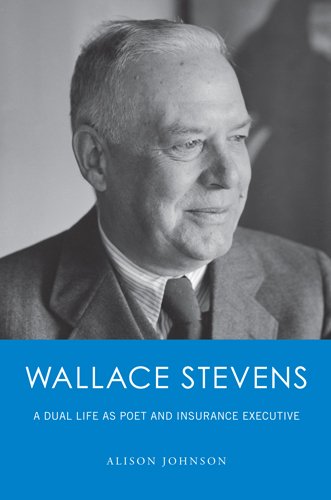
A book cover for Wallace Stevens: A Dual Life as Poet and Insurance Executive; Alison Johnson; Business & Money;